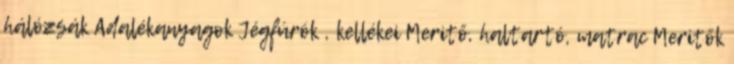
hálózsák Adalékanyagok Jégfúrók , kellékei Meritő, haltartó, matrac Meritők